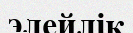
элейлік